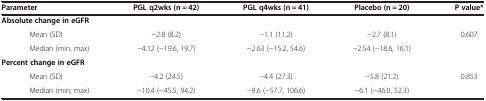
| Parameter | PGL q2wks (n = 42) | PGL q4wks (n = 41) | Placebo (n = 20) | P value* |
 | --- | --- | --- | --- | --- |
 | <COLSPAN=5> Absolute change in eGFR |
 | Mean (SD) | −2.8 (8.2) | −1.1 (11.2) | −2.7 (8.1) | 0.607 |
 | Median (min, max) | −4.12 (−19.6, 19.7) | −2.63 (−15.2, 54.6) | −2.54 (−18.6, 16.1) |  |
 | <COLSPAN=5> Percent change in eGFR |
 | Mean (SD) | −4.2 (24.5) | −4.4 (27.3) | −5.8 (21.2) | 0.853 |
 | Median (min, max) | −10.4 (−45.5, 94.2) | −9.6 (−57.7, 106.6) | −6.1 (−46.0, 52.3) |  |